Leprosy in India: report of the Leprosy Commission in India, 1890-91
Year: 1890
Disease focus: Leprosy
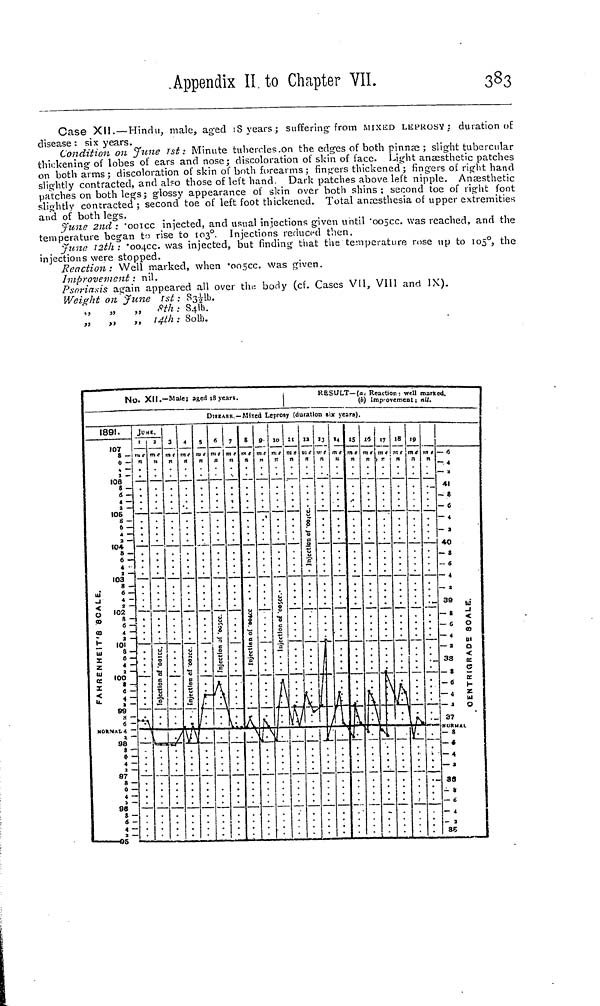
Appendix II to Chapter VII.
383
Case XII. — Hindu, male, aged 18 years; suffering-from MIXED LEV ROSY : duration of.
disease : six years.
Condition on June 1st : Minute tubercles on the edges of both pinnæ ; slight tubercular
thickening of lobes of ears and nose; discoloration of skin of face. Light anaesthetic patches
on both arms; discoloration of skin of both forearms; fingers thickened; fingers of right hand
slightly contracted, and also those of left hand Dark patches above left nipple. Anesthetic
patches on both legs; glossy appearance of skin over both shins; second toe of right foot
slightly contracted ; second toe of left foot thickened. Total anæsthesia of upper extremities
and of both legs.
June 2nd : "ooicc injected, and usual injections given until '005cc. was reached, and the
temperature began to rise to 103°. Injections reduced then.
June 12th : "004.cc. was injected, but finding that the temperature rose up to 105 o , the
injections were stopped.
Reaction: Well marked, when '005cc. was given.
Improvement : nil.
Psoriasis
again appeared all over the body (cf. Cases VII, VIII and IX).
Weight on June 1st : 831/2lb.
„ 8th: 841h.
„
„
,, 14th: 80lb